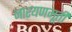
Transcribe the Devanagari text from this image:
नारयणमूर्ती